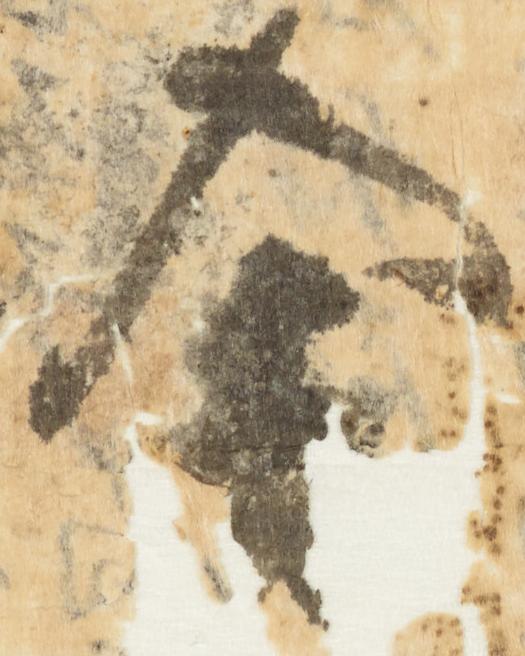
舎